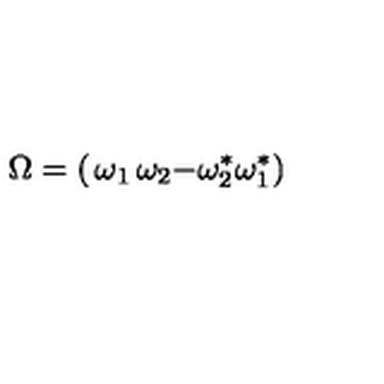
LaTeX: \Omega = \left( \begin{matrix} { \omega _ { 1 } } & { \omega _ { 2 } } \\ { - \omega _ { 2 } ^ { * } } & { \omega _ { 1 } ^ { * } } \\ \end{matrix} \right)